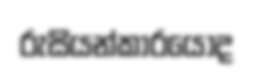
රුසියන්කාරයොද